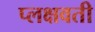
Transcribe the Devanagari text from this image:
प्लक्षवती